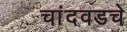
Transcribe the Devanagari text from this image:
चांदवडचे